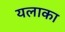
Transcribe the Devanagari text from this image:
यलाका